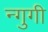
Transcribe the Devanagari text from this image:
न्गुगी